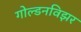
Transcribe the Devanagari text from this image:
गोल्डनविझर